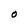
Character: O